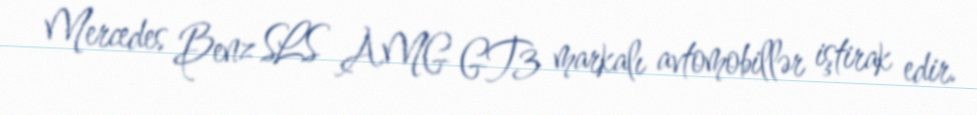
Mercedes Benz SLS AMG GT3 markalı avtomobillər iştirak edir.